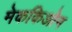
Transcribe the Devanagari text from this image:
मेककिओन